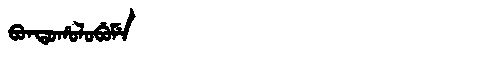
Manchu: ᠪᠣᠨᡨᠣᡥᠣᠯᠣᠪᡠᠮᡝ
Romanization: BONTOHOLOBUME